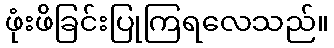
ဖုံးဖိခြင်းပြုကြရလေသည်။